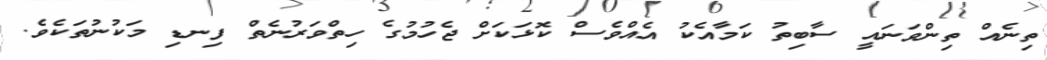
ތިނެއް ތިންވަނައީ ސާބިތު ކަމާއެކު އެއްވެސް ކޮޅަކަށް ޖެހުމުގެ ހިތްވަރުނެތް ފިނޑި މަކުނުތަކެވެ.